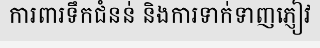
ការពារទឹកជំនន់ និងការទាក់ទាញភ្ញៀវ